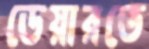
ডেয়ারতে